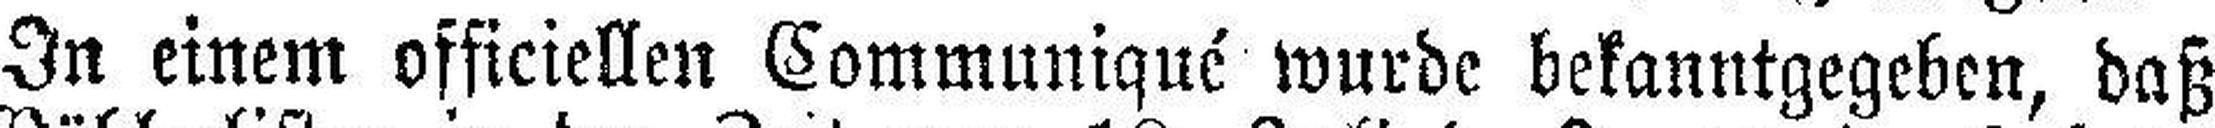
In einem officiellen Communiqué wurde bekanntgegeben, daß